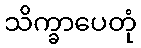
သိက္ခာပေတုံ